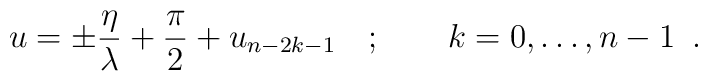
u=\pm \frac{\eta }{\lambda }+\frac{\pi }{2}+u_{n-2k-1}\quad ;\qquad k=0,\dots ,n-1\, \, \, .